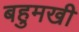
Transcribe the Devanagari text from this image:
बहुमखी